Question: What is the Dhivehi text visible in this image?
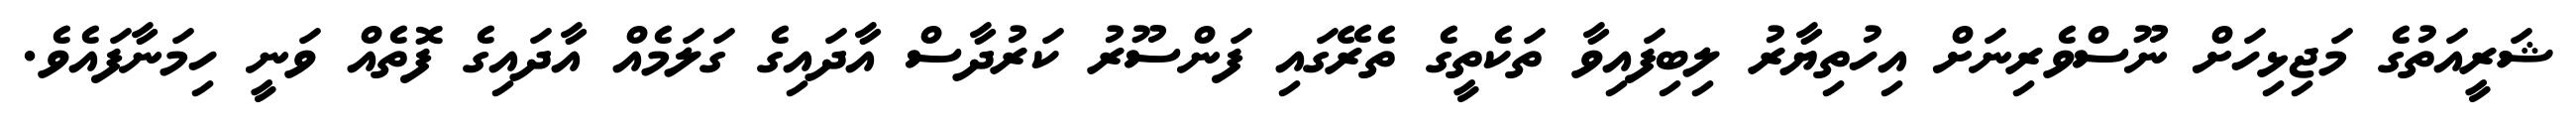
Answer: ޝަރީއަތުގެ މަޖިޅިހަށް ނޫސްވެރިނަށް އިހުތިޔާރު ލިބިފައިވާ ތަކެތީގެ ތެރޭގައި ފަންސޫރު ކަރުދާސް އާދައިގެ ގަލަމެއް އާދައިގެ ފޮތެއް ވަނީ ހިމަނާފައެވެ.